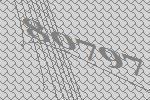
80797